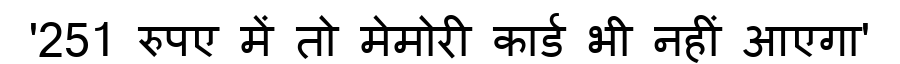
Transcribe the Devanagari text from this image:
'251 रुपए में तो मेमोरी कार्ड भी नहीं आएगा'